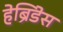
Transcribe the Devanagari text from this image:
हेब्रिडेस